Leaving Certificate Examination, 1903
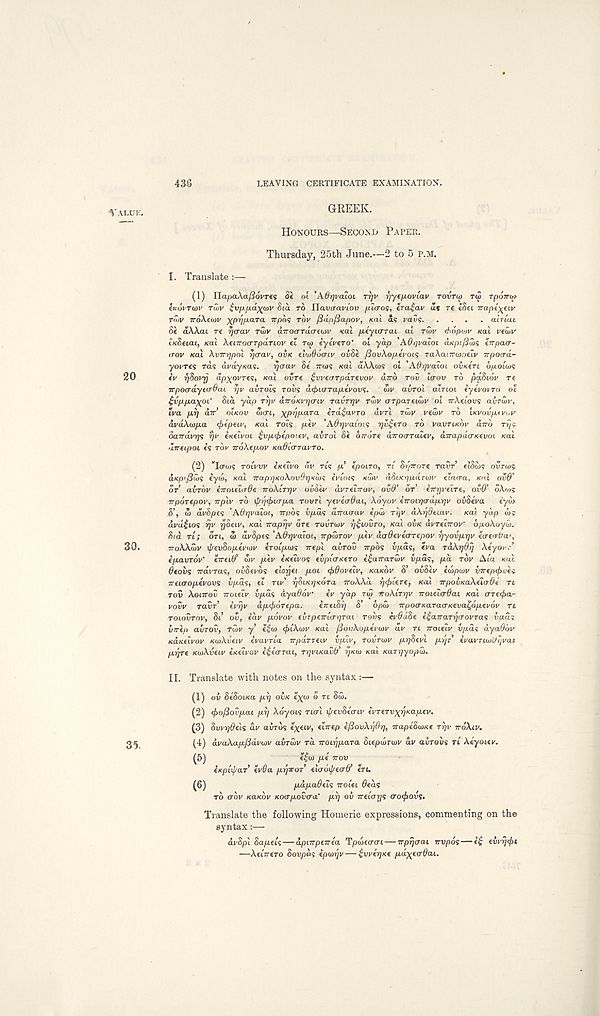
43S
LEAVING CERTIFICATE EXAMINATION.
GREEK.
HONOURS—SECOND PAPER.
Thursday, 25th June.—2 to 5 P.M.
I. Translate :—
(1) Hafia\aj36vre<; 8e oi 'Affr/vaioi TTJU riytfxoviav rovrco rw TpoTru*
liulvTwv TUIV ivp.jxa^wv 8ta TO Havaai'iov fju<ro<;, tra^av a% re ISet irapi^eiy
r<?)V ir6\eu)V xpr/pMTa irpos TOV (3dt>/3apov, (cat as mvs
airtat
Si aAAxu re rjcrav rwv avoaTuattjn' KCLI p-tyurrat ai TWV thdpaw xal vfwv
cxSfiai, xal AetTrocrrpartov et rco e’yeVero* oi ydp AOIJVOIOL d«p(/3ujs erpacr-
<rov Kai AvirrjpoL rjcrav, OVK tlwQocriv ovSe flovAop-tvois raXanroiociv rrpocrd-
yovres rds dray/<as.
rjaav Se TTODS xat a\A.ws ol AOrjvaioi OVKCTI opouos
eV f/Sovrj dp)(OVTi<;, xal ovre ^vvearpaTevov lirro rov itrov TO paSiov re
irpocrdyctrOaL r/v airots rous (i^tara/xeVovs.
dll' avrol OXTIOI iyevovTo oc
^vpp.ayjoC Sia ydp Tr/v drroKvrjcriv TavTrjv Tali' crTpareicui' oi jrAeiovs airiov,
iva p.r) dtr OIKOV axri, \prjpaTa crd^avro uvri Tali' I'eun' TO invoupf vov
di'uAaip.a (ftcpuv, xa'i rois pev 'A6rjva(oi<; rjv^tTO TO VOVTIKOV and Ty i
Sandvrjs rjv ixeivoi ^vp^epotev, avrol Se dirore dnoaTaiev, dnapdcrKcvot xai
aneipot e’s rdi' nokcpov KaOiaravTo.
(2) ”I(ra>s TOLVVV bceivo dv TIS p’ epot-TO, TL Sr/nore TOVT etSd)? ovra)?
d/cp'./Suis eydl, KOL naprjKoAovOrjKMS tvccuq K<J>V (iSiKrjudrwv claora, K".l OV&'
OT avTov inoieurde noALrrjv oudiv dvrecnov, ovd’ dr inyvelre, ovd’ oAais
nporepov, nplv TO xf/rjc^icrpa TOVT'L ycvcoOai, Xdyov inoirja-dprjv ovSeva
cydt
S’, dl avdpeq ’AOyvaioi, npdq upas aTrauai' epd) rvp aXyOtiav. xa). yap cos
dvd$ioq rjv ySeiv, xai naprjv ore TOUTUJI' r/^covTo, xai OVK dvreinov’ dpoAoydi.
S/d TL ; on, w di'Spes 'AOrjvaloi, npwTov piv dcr^ereo-repov rjyovprjv cacrba',
TTOXXMV i/'euSopeV/oi' krocpurq ncpl avrov npdq upas, eva TaArjOrj Aeyor/
ipavTOV' Intib' dll' pev eKcivoq (vpicrxcTo e^anaTwv vpdq, pd TOV At a KHI
6tovq ndvTaq, ouSevds eiarjti pot <f>9ov(iv, KOKOV 8’ ovSev ed>pwv inepcfrckq
naaropevovq vpdq, ei TIV’ r/ScKr/Kora iroAAd rjcfrUrt, xal npovKaXcioOc n
TOV AOITTOW Troteti' upas dya^ov
eV ydp TCU iroXiTrjV nouZcrOai /cat crret^a-
I'out' raur’ ei'-pi' dpt/idrepa.
Inahy S’ opal npocrKaraaKeva^opevov TI
TOLOVTOV, 8i ov, idv povov cvTpinLcrrjTai roxiq evddSe i£anaTy<TOvraq vpdq
vnep aiiTOv, ridv y e$(o (friAuiv xai fiovkoptcoiv av TL noieiv upas dya^di'
Kaxeivov /ca/Auetv ivavria npaTTCLV vpiv, TOVTIVV pr/dtvi prjc €vavTUi)U?jvai
prprt xuiAveiv ixeivov e^e'crrai, ryviKavd’ yKui xal Karr/yopid.
II. Translate with notes on the syntax:—
(1) ou Se'Sot/ca p^ ou/c e^io o rt Sal.
(2) <f>o/3ovpat prj Aoyots rio-i i/teuSeaiv eVreru^^/capev.
(3) 8vvr)6elq dv aurds
€ ‘ 7re P e/SovAyOy, napidioxt ryv ndAiv.
(4) dvaXapfidvLov avridv rd voiypara Stepalrau' du aurous Tl Aeyoiei'.
(5)
^
^ ^P« TTOU
ixptyaT ev6a pyrroT etcrot/'e/r^’ eru
(6)
papadtiq noUi Oedq
TO ow KOKOV xoapovera' prj ou nuorjq crocjrovq.
Translate the following Homeric expressions, commenting on the
syntax:—
di/Spi Sapeis — dpinptnca Tpdiccrcn — nprjcrai nvpoq — e^ tivycfri
—AeiVero Soupds kpiorjv — ^vvtrjKt paytcrOai.